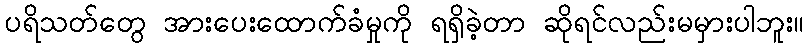
ပရိသတ်တွေ အားပေးထောက်ခံမှုကို ရရှိခဲ့တာ ဆိုရင်လည်းမမှားပါဘူး။